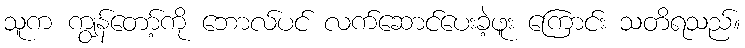
သူက ကျွန်တော့်ကို ဘောလ်ပင် လက်ဆောင်ပေးခဲ့ဖူး ကြောင်း သတိရသည်။